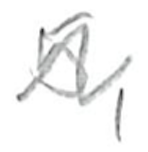
Text: 5,
Cross-out: zig-zag
Writing tool: pencil